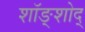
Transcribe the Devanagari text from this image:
शॉङ्शोद्